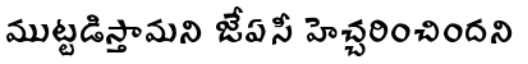
ముట్టడిస్తామని జేఏసీ హెచ్చరించిందని